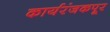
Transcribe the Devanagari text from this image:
कार्यरंजकपूर